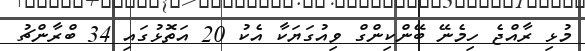
މުޅި ރާއްޖެ ހިމެނޭ ބޭންކިންގް ވިއުގަޔަކާ އެކު 20 އަތޮޅުގައި 34 ބްރާންޗު